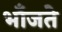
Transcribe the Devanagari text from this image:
भाँजते